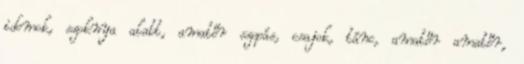
idomok, szoknya alatt, amatőr szopás, csajok, tánc, amatőr amatőr,